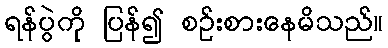
ရန်ပွဲကို ပြန်၍ စဉ်းစားနေမိသည်။